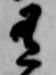
有